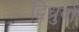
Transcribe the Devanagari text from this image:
द्विध्रुवों